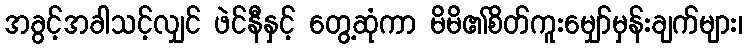
အခွင့်အခါသင့်လျှင် ဖဲင်နီနှင့် တွေ့ဆုံကာ မိမိ၏စိတ်ကူးမျှော်မှန်းချက်များ၊